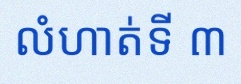
លំហាត់ទី ៣